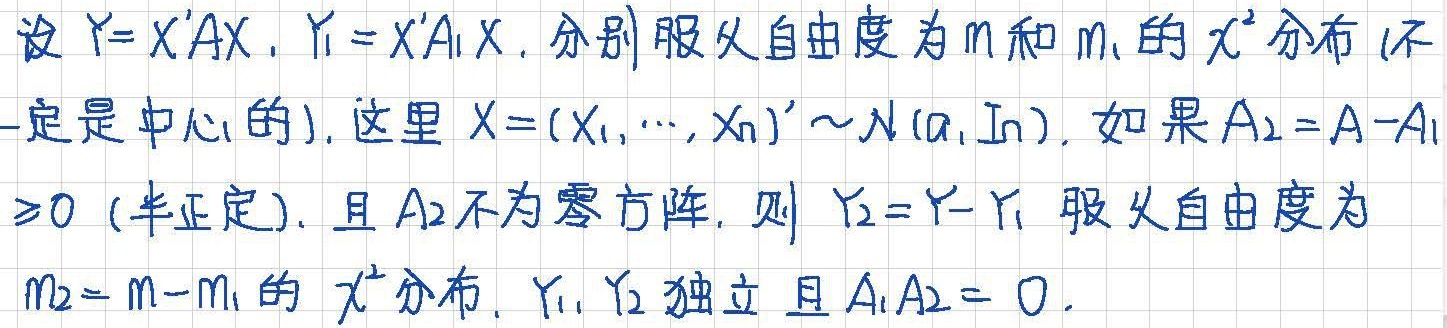
设$Y = X'AX$, $Y_1 = X'A_1X$, 分别服从自由度为$m$和$m_1$的$\chi^2$分布 (不一定是中心的). 这里$X=(X_1,\cdots,X_n)'\sim N(a,I_n)$. 如果$A_2 = A - A_1\geq0$ (半正定), 且$A_2$不为零方阵, 则$Y_2 = Y - Y_1$ 服从自由度为$m_2 = m - m_1$的$\chi^2$分布, $Y_1, Y_2$独立且$A_1A_2 = 0$.